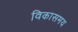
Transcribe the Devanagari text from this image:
विकासमय